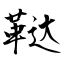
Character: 鞑